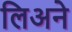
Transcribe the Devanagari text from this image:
लिअने